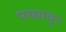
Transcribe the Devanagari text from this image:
पय्यावुर